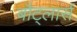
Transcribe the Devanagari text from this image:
बौट्लार्स